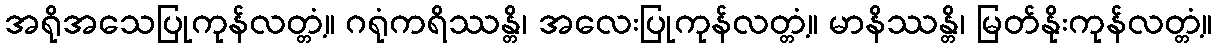
အရိုအသေပြုကုန်လတ္တံ့။ ဂရုံကရိဿန္တိ၊ အလေးပြုကုန်လတ္တံ့။ မာနိဿန္တိ၊ မြတ်နိုးကုန်လတ္တံ့။